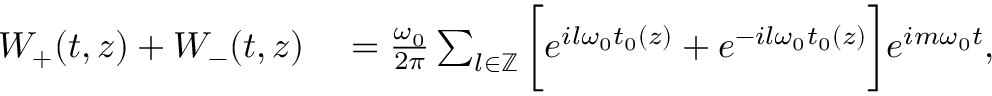
\begin{array} { r l } { W _ { + } ( t , z ) + W _ { - } ( t , z ) } & { { } = \frac { \omega _ { 0 } } { 2 \pi } \sum _ { l \in \mathbb { Z } } \bigg [ e ^ { i l \omega _ { 0 } t _ { 0 } ( z ) } + e ^ { - i l \omega _ { 0 } t _ { 0 } ( z ) } \bigg ] e ^ { i m \omega _ { 0 } t } , } \end{array}